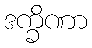
ဒက္ခိဏာ